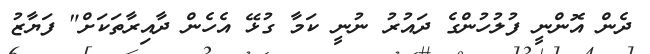
ދެން އޮންނީ ފުލުހުންގެ ދައުރު ނުނީ ކަމާ ގުޅޭ އެހެން ދާއިރާތަކަށް" ފަޔާޒު